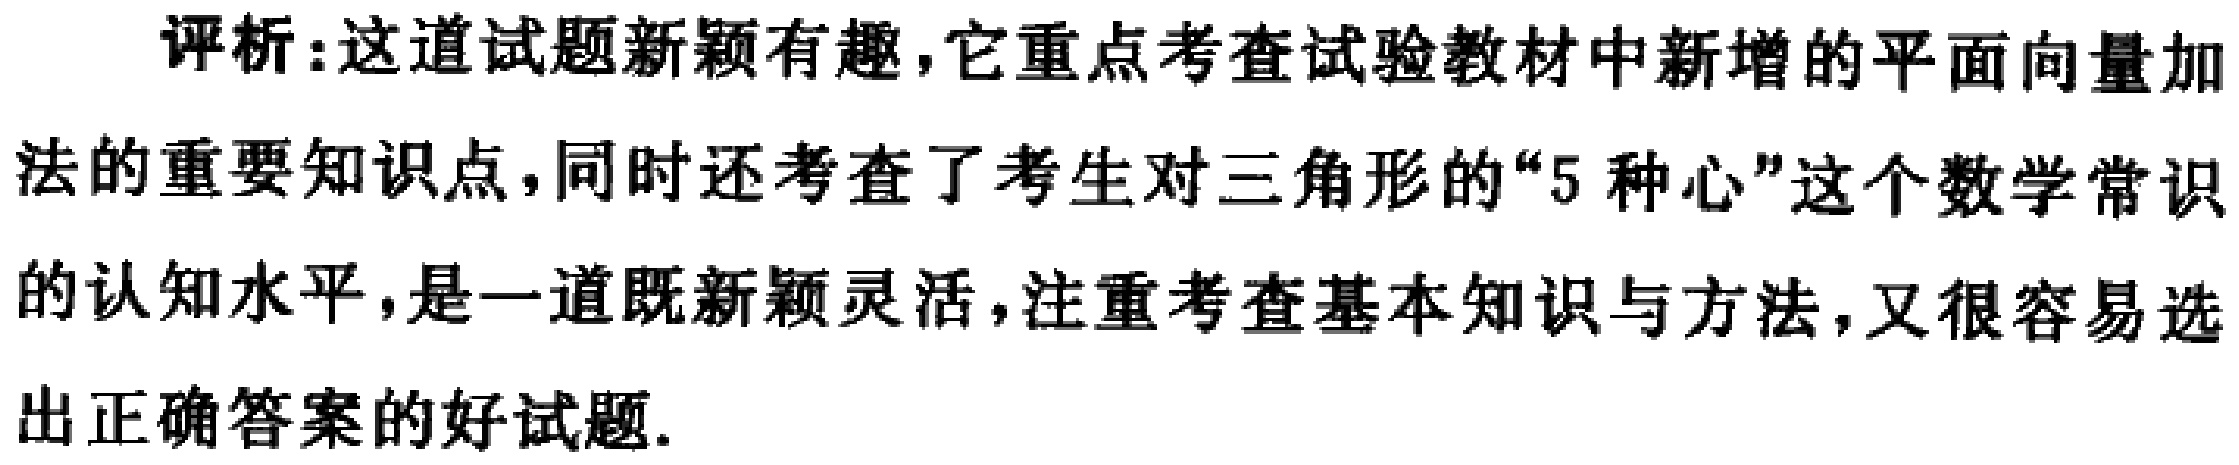
评析:这道试题新颖有趣,它重点考查试验教材中新增的平面向量加法的重要知识点,同时还考查了考生对三角形的“5 种心”这个数学常识的认知水平,是一道既新颖灵活,注重考查基本知识与方法,又很容易选出正确答案的好试题.